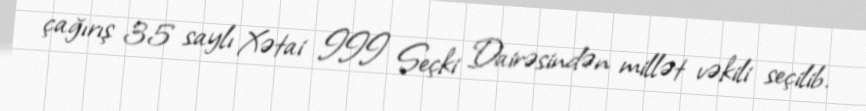
çağırış 35 saylı Xətai III Seçki Dairəsindən millət vəkili seçilib.